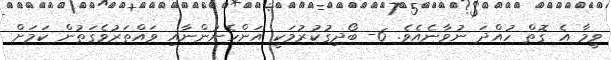
ވީމާ އެ ގޮތް ހުއްދަ ނުވާނެއެވެ. 6- ބޯދިގުކުރުމަކީ އަންހެނުންނާއި ވައްތަރުވެގަތުން ކަމަށް